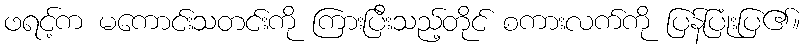
ဖရင့်က မကောင်းသတင်းကို ကြားပြီးသည့်တိုင် စကားလက်ကို ပြန်ပြုံးပြ၏။